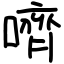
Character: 嚌